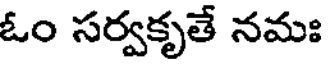
ఓం సర్వకృతే నమః